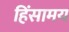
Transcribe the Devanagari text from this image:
हिंसामय